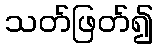
သတ်ဖြတ်၍